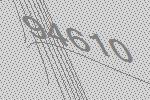
94610